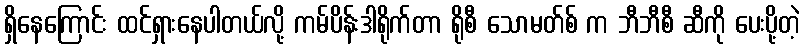
ရှိနေကြောင်း ထင်ရှားနေပါတယ်လို့ ကမ်ပိန်းဒါရိုက်တာ ရိုစီ သောမတ်စ် က ဘီဘီစီ ဆီကို ပေးပို့တဲ့